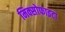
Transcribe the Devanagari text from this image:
मिक्सोफाइटा